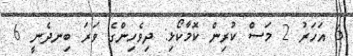
6 އަހަރު 2 މަސް ކުރިން ކޮމާކޯޅި: ދިވެހިންގެ ވަރަ ބިނދެނީ 6